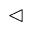
\vartriangleleft